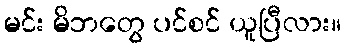
မင်း မိဘတွေ ပင်စင် ယူပြီလား။